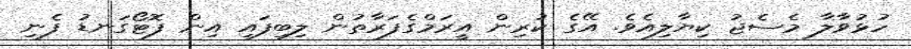
ހުޅުވާލާ މެސެޖު ކިޔާލިއެވެ. އޭގެ ކުރިން އީރަމްގެފަރާތުން ލިބިފައި އިން ފޮޓޯގަނޑު ފެނި